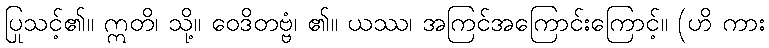
ပြုသင့်၏။ ဣတိ၊ သို့။ ဝေဒိတဗ္ဗံ၊ ၏။ ယဿ၊ အကြင်အကြောင်းကြောင့်။ (ဟိ ကား